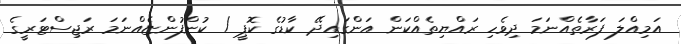
އަމިއްލަ ފަރާތެއްނަމަ ދިވެހި ރައްޔިތެއްކަން އަންގައިދޭ ކާޑުގެ ކޮޕީ / ކުންފުންޏެއްނަމަ ރަޖިސްޓަރީގެ